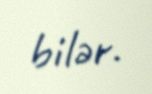
bilər.